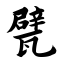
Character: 甓